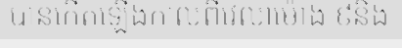
បានកើតឡើងកាលពីវេលាម៉ោង ៩និង